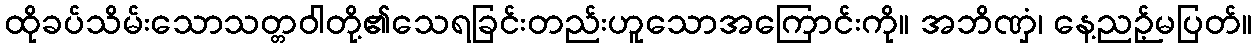
ထိုခပ်သိမ်းသောသတ္တဝါတို့၏သေရခြင်းတည်းဟူသောအကြောင်းကို။ အဘိဏှံ၊ နေ့ညဉ့်မပြတ်။